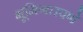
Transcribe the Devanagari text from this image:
भूमिगतपणे